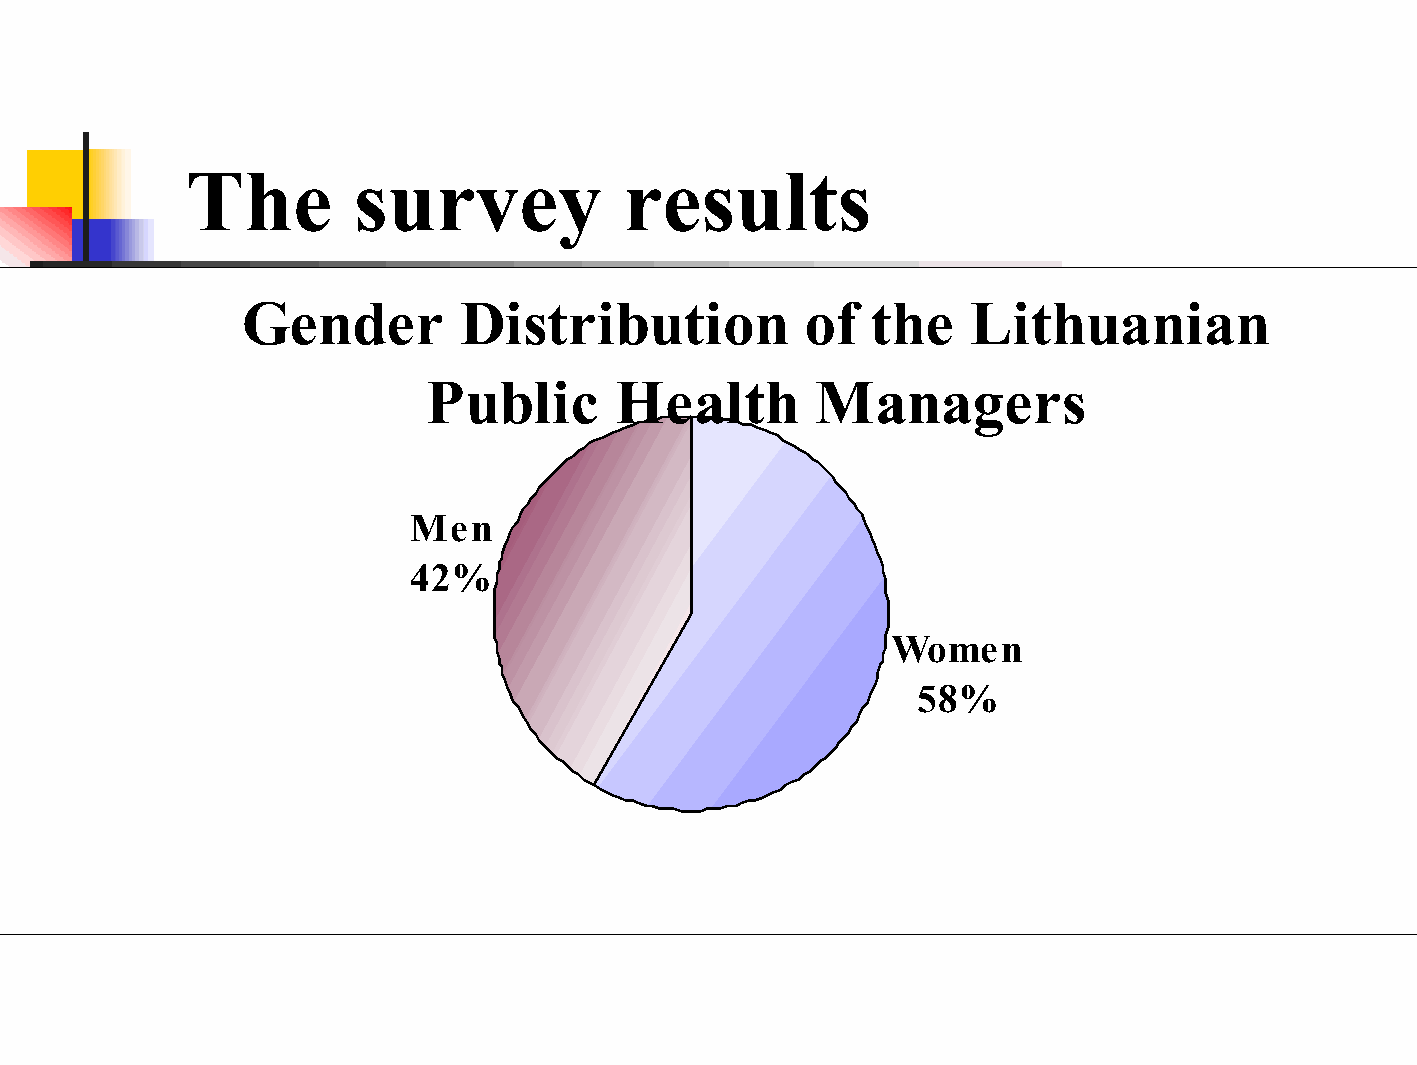
The         survey           results
 Gender         Distribution          of   the   Lithuanian
 Public       Health       Managers
 Men
 42%
 Women
 58%